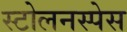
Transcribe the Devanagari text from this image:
स्टोलनस्पेस